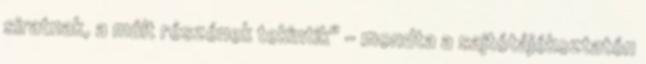
siratnak, a múlt részének tekintik" – mondta a sajtótájékoztatón